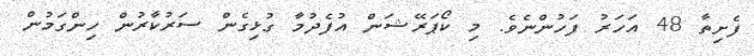
ފެށިތާ 48 އަހަރު ފަހުންނެވެ. މި ކޯޕަރޭޝަން އުފެދުމާ ގުޅިގެން ސަރުކާރުން ހިންގަމުން